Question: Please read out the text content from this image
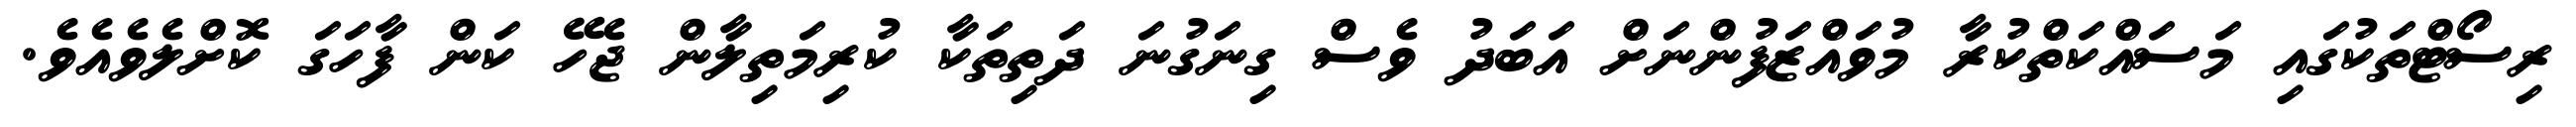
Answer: ރިސޯޓްތަކުގައި މަސައްކަތްކުރާ މުވައްޒަފުންނަށް އަބަދު ވެސް ގިނަގުނަ ދަތިތަކާ ކުރިމަތިލާން ޖެހޭ ކަން ފާހަގަ ކޮށްލެވެއެވެ.